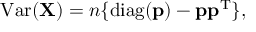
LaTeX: \operatorname { V a r } ( \mathbf { X } ) = n \lbrace \operatorname { d i a g } ( \mathbf { p } ) - \mathbf { p } \mathbf { p } ^ { \mathrm { { T } } } \rbrace ,